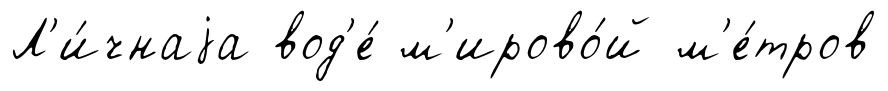
Л'и́чнаjа вод'е́ м'ирово́й м'е́тров